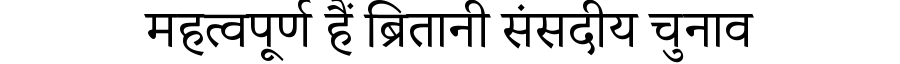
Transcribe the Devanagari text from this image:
महत्वपूर्ण हैं ब्रितानी संसदीय चुनाव